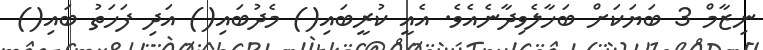
ނިޒާމް 3 ބަޔަކަށް ބަހާލެވިދާނެއެވެ. އެއީ ކުރީބައި() މެދުބައި() އަދި ފަހަތު ބައި()